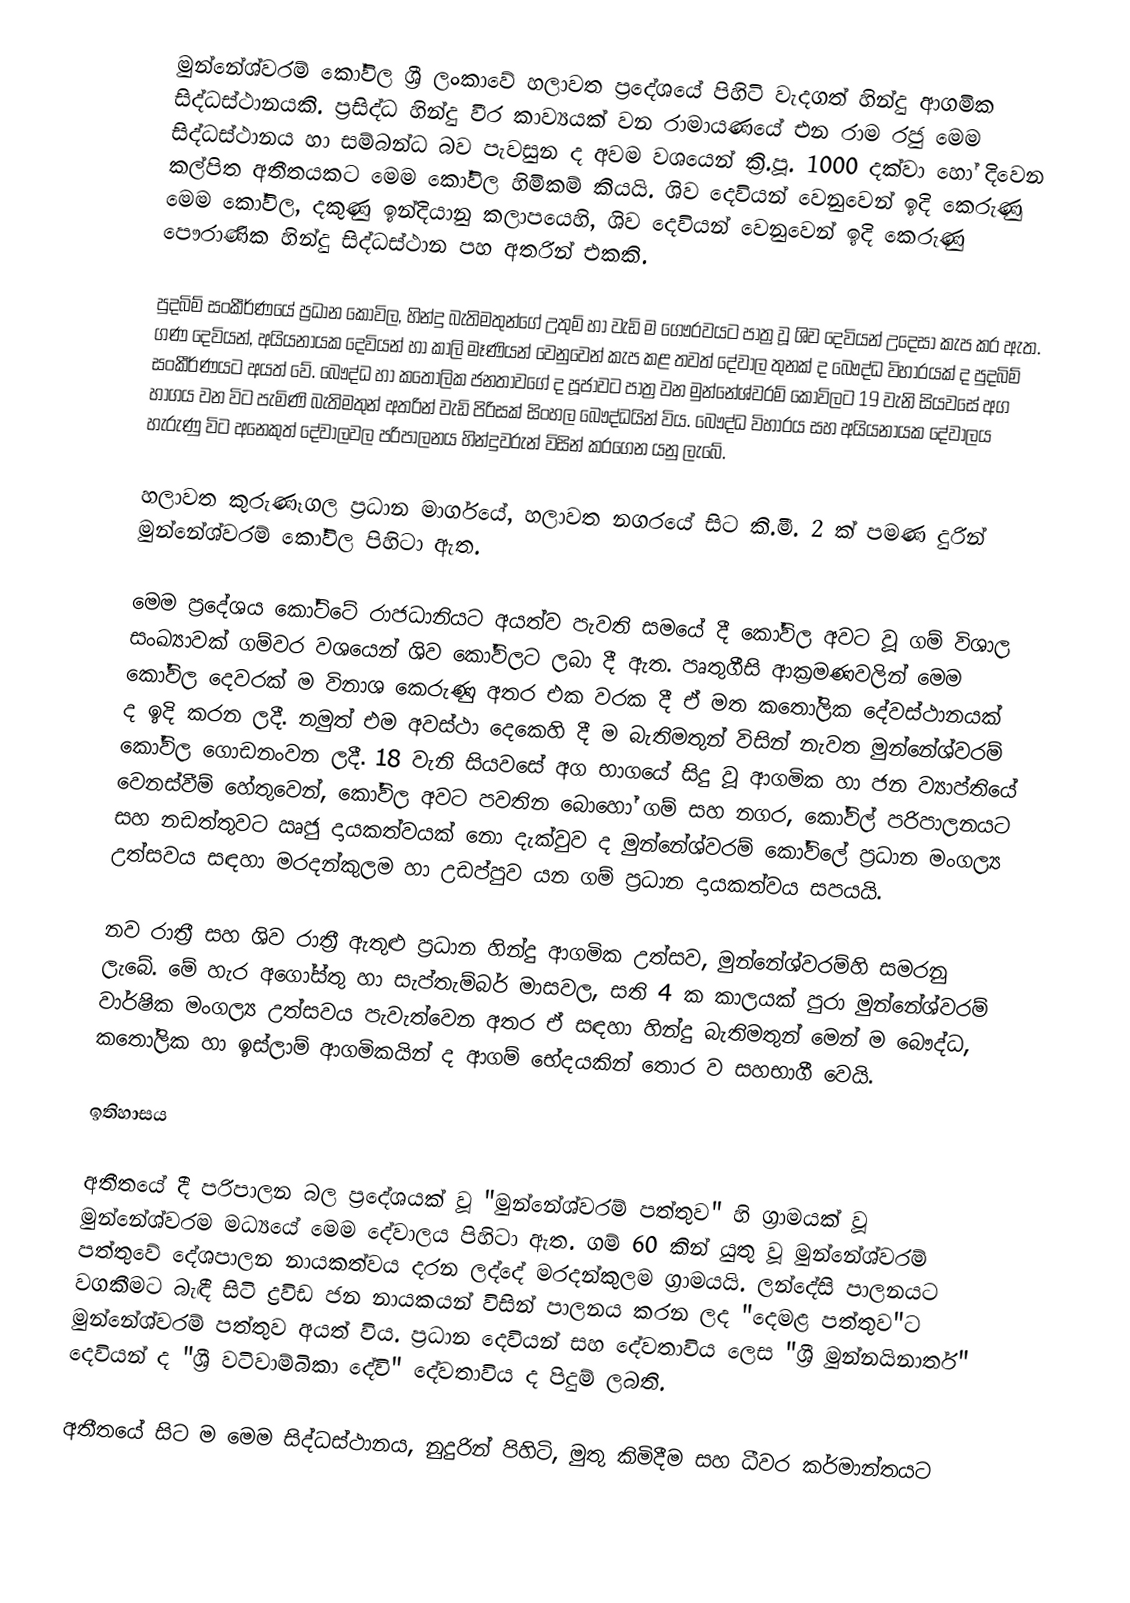
මුන්නේශ්වරම් කෝවිල ශ්‍රී ලංකාවේ හලාවත ප්‍රදේශයේ පිහිටි වැදගත් හින්දු ආගමික සිද්ධස්ථානයකි. ප්‍රසිද්ධ හින්දු වීර කාව්‍යයක් වන රාමායණයේ එන රාම රජු මෙම සිද්ධස්ථානය හා සම්බන්ධ බව පැවසුන ද අවම වශයෙන් ක්‍රි.පූ. 1000 දක්වා හෝ දිවෙන   කල්පිත අතීතයකට මෙම කෝවිල හිමිකම් කියයි. ශිව දෙවියන් වෙනුවෙන් ඉදි කෙරුණු මෙම කෝවිල, දකුණු ඉන්දියානු කලාපයෙහි, ශිව දෙවියන් වෙනුවෙන් ඉදි කෙරුණු පෞරාණික හින්දු සිද්ධස්ථාන පහ අතරින් එකකි.

පුදබිම් සංකීර්ණයේ ප්‍රධාන කෝවිල, හින්දු බැතිමතුන්ගේ උතුම් හා වැඩි ම ගෞරවයට පාත්‍ර වූ ශිව දෙවියන් උදෙසා කැප කර ඇත. ගණ දෙවියන්, අයියනායක දෙවියන් හා කාලි මෑණියන් වෙනුවෙන් කැප කළ තවත් දේවාල තුනක් ද බෞද්ධ විහාරයක් ද පුදබිම් සංකීර්ණයට අයත් වේ. බෞද්ධ හා කතෝලික ජනතාවගේ ද පූජාවට පාත්‍ර වන මුන්නේශ්වරම් කෝවිලට 19 වැනි සියවසේ අග හාගය වන විට පැමිණි බැතිමතුන් අතරින් වැඩි පිරිසක් සිංහල බෞද්ධයින් විය. බෞද්ධ විහාරය සහ අයියනායක දේවාලය හැරුණු විට අනෙකුත් දේවාලවල පරිපාලනය හින්දුවරුන් විසින් කරගෙන යනු ලැබේ.

හලාවත කුරුණෑගල ප්‍රධාන මාර්ගයේ, හලාවත නගරයේ සිට කි.මී. 2 ක් පමණ දුරින් මුන්නේශ්වරම් කෝවිල පිහිටා ඇත.

මෙම ප්‍රදේශය කෝට්ටේ රාජධානියට අයත්ව පැවති සමයේ දී කෝවිල අවට වූ ගම් විශාල සංඛ්‍යාවක් ගම්වර වශයෙන් ශිව කෝවිලට ලබා දී ඇත. පෘතුගීසි ආක්‍රමණවලින් මෙම කෝවිල දෙවරක් ම විනාශ කෙරුණු අතර එක වරක දී ඒ මත කතෝලික දේවස්ථානයක් ද ඉදි කරන ලදී. නමුත් එම අවස්ථා දෙකෙහි දී ම බැතිමතුන් විසින් නැවත මුන්නේශ්වරම් කෝවිල ගොඩනංවන ලදී. 18 වැනි සියවසේ අග භාගයේ සිදු වූ ආගමික හා ජන ව්‍යාප්තියේ වෙනස්වීම් හේතුවෙන්, කෝවිල අවට පවතින බොහෝ ගම් සහ නගර, කෝවිල් පරිපාලනයට සහ නඩත්තුවට ඍජු දායකත්වයක් නො දැක්වුව ද මුන්නේශ්වරම් කෝවිලේ ප්‍රධාන මංගල්‍ය උත්සවය සඳහා මරදන්කුලම හා උඩප්පුව යන ගම් ප්‍රධාන දායකත්වය සපයයි.

නව රාත්‍රී සහ ශිව රාත්‍රී ඇතුළු ප්‍රධාන හින්දු ආගමික උත්සව, මුන්නේශ්වරම්හි සමරනු ලැබේ. මේ හැර අගෝස්තු හා සැප්තැම්බර් මාසවල, සති 4 ක කාලයක් පුරා මුන්නේශ්වරම් වාර්ෂික මංගල්‍ය උත්සවය පැවැත්වෙන  අතර ඒ සඳහා හින්දු බැතිමතුන් මෙන් ම බෞද්ධ, කතෝලික හා ඉස්ලාම් ආගමිකයින් ද ආගම් භේදයකින් තොර ව සහභාගී වෙයි.

ඉතිහාසය

අතීතයේ දී පරිපාලන බල ප්‍රදේශයක් වූ "මුන්නේශ්වරම් පත්තුව" හි ග්‍රාමයක් වූ මුන්නේශ්වරම මධ්‍යයේ මෙම දේවාලය පිහිටා ඇත. ගම් 60 කින් යුතු වූ මුන්නේශ්වරම් පත්තුවේ දේශපාලන නායකත්වය දරන ලද්දේ මරදන්කුලම ග්‍රාමයයි. ලන්දේසි පාලනයට වගකීමට බැඳී සිටි ද්‍රවිඩ ජන නායකයන් විසින් පාලනය කරන ලද "දෙමළ පත්තුව"ට මුන්නේශ්වරම් පත්තුව අයත් විය. ප්‍රධාන දෙවියන් සහ දේවතාවිය ලෙස "ශ්‍රී මුන්නයිනාතර්" දෙවියන් ද "ශ්‍රී වටිවාම්බිකා දේවි" දේවතාවිය ද පිදුම් ලබති.

අතීතයේ සිට ම මෙම සිද්ධස්ථානය, නුදුරින් පිහිටි, මුතු කිමිදීම සහ ධීවර කර්මාන්තයට